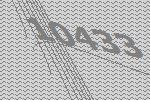
10433